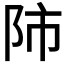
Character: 𨸲